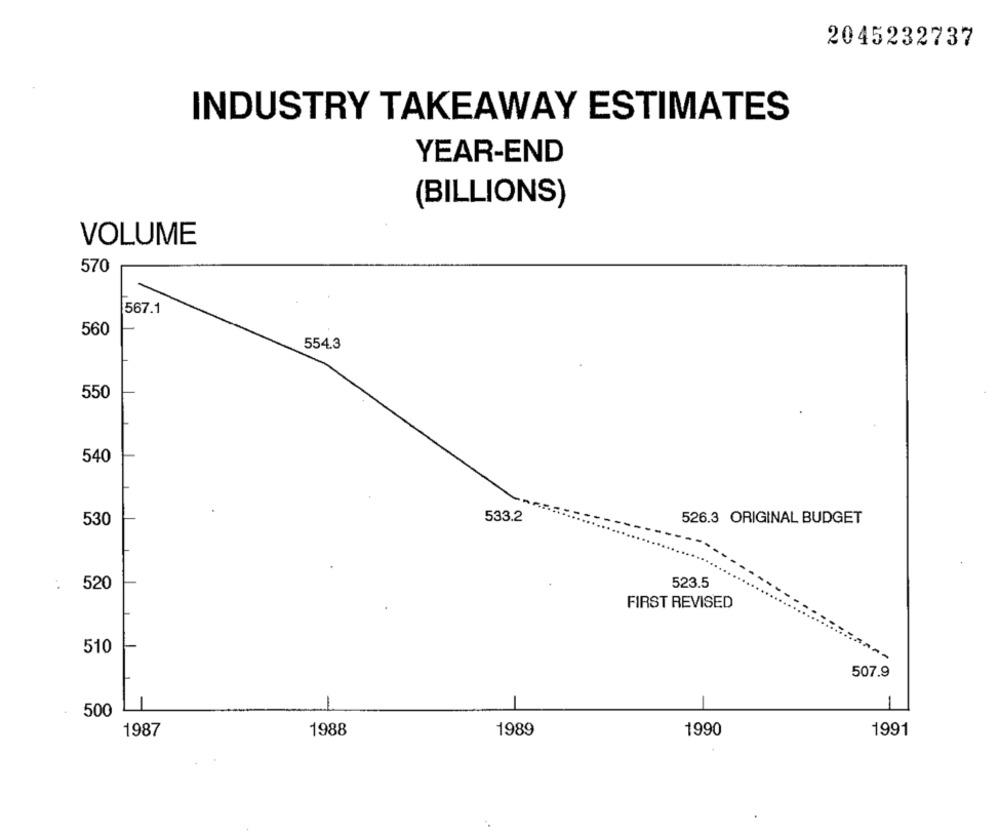
2045232737
INDUSTRY TAKEAWAY ESTIMATES
YEAR-END
(BILLIONS)
VOLUME
570
567.1
560
554.3
550
540
530
533.2
526.3 ORIGINAL BUDGET
:
520
523.5
FIRST REVISED
510
507.9
-
-
500
1987
1988
1989
1990
1991